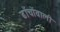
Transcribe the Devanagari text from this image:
ढाँचोंवाली